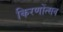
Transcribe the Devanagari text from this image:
किरणोंत्सव